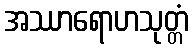
အဿာရောဟသုတ္တံ